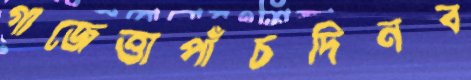
গাজেত্তাপাঁচদিনব